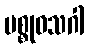
မစ္စုဝသဂါ